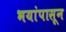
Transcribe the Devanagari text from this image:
भयांपासून